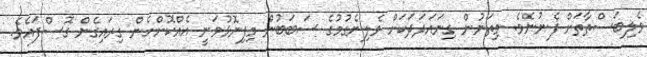
ވެލިބަސްތާތަށް ފެނުނެވެ. މިތަނުން ގިނައަދަދަކަށް ވެލިނެގުމުގެ ސަބަބުން މިފިނޮޅުވަނީ އެއްކޮށްހެން ގިރައިގެން ގޮސްފައެވެ.